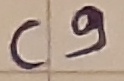
Text: C9